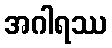
အဂါရဿ